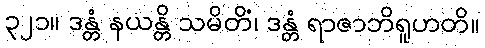
၃၂၁။ ဒန္တံ နယန္တိ သမိတိံ၊ ဒန္တံ ရာဇာဘိရူဟတိ။